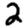
Digit: 2